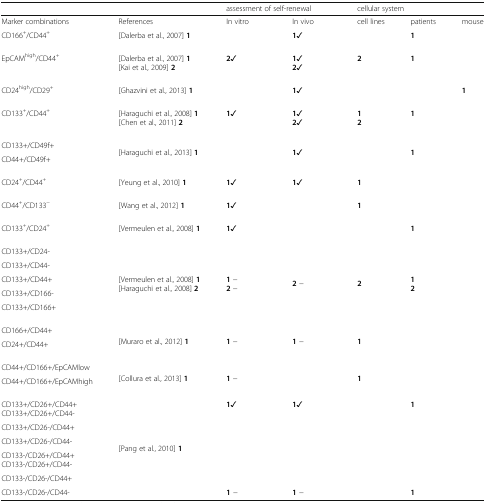
<table><thead><tr><td colspan="2"></td><td colspan="2"><b>assessment of self-renewal</b></td><td colspan="3"><b>cellular system</b></td></tr></thead><tbody><tr><td>Marker combinations</td><td>References</td><td>In vitro</td><td>In vivo</td><td>cell lines</td><td>patients</td><td>mouse</td></tr><tr><td>CD166<sup>+</sup>/CD44<sup>+</sup></td><td>[Dalerba et al., 2007] <b>1</b></td><td></td><td><b>1</b>✓</td><td></td><td><b>1</b></td><td></td></tr><tr><td>EpCAM<sup>high</sup>/CD44<sup>+</sup></td><td>[Dalerba et al., 2007] <b>1</b>[Kai et al., 2009] <b>2</b></td><td><b>2</b>✓</td><td><b>1</b>✓<b>2</b>✓</td><td><b>2</b></td><td><b>1</b></td><td></td></tr><tr><td>CD24<sup>high</sup>/CD29<sup>+</sup></td><td>[Ghazvini et al., 2013] <b>1</b></td><td></td><td><b>1</b>✓</td><td></td><td></td><td><b>1</b></td></tr><tr><td>CD133<sup>+</sup>/CD44<sup>+</sup></td><td>[Haraguchi et al., 2008] <b>1</b>[Chen et al., 2011] <b>2</b></td><td><b>1</b>✓</td><td><b>1</b>✓<b>2</b>✓</td><td><b>1</b><b>2</b></td><td><b>1</b></td><td></td></tr><tr><td>CD133+/CD49f+</td><td rowspan="2">[Haraguchi et al., 2013] <b>1</b></td><td rowspan="2"></td><td rowspan="2"><b>1</b>✓</td><td rowspan="2"></td><td rowspan="2"><b>1</b></td><td rowspan="2"></td></tr><tr><td>CD44+/CD49f+</td></tr><tr><td>CD24<sup>+</sup>/CD44<sup>+</sup></td><td>[Yeung et al., 2010] <b>1</b></td><td><b>1</b>✓</td><td><b>1</b>✓</td><td><b>1</b></td><td></td><td></td></tr><tr><td>CD44<sup>+</sup>/CD133<sup>−</sup></td><td>[Wang et al., 2012] <b>1</b></td><td><b>1</b>✓</td><td></td><td><b>1</b></td><td></td><td></td></tr><tr><td>CD133<sup>+</sup>/CD24<sup>+</sup></td><td>[Vermeulen et al., 2008] <b>1</b></td><td><b>1</b>✓</td><td></td><td></td><td><b>1</b></td><td></td></tr><tr><td>CD133+/CD24-</td><td rowspan="5">[Vermeulen et al., 2008] <b>1</b>[Haraguchi et al., 2008] <b>2</b></td><td rowspan="5"><b>1</b> −<b>2</b> −</td><td rowspan="5"><b>2</b> −</td><td rowspan="5"><b>2</b></td><td rowspan="5"><b>1</b><b>2</b></td><td rowspan="5"></td></tr><tr><td>CD133+/CD44-</td></tr><tr><td>CD133+/CD44+</td></tr><tr><td>CD133+/CD166-</td></tr><tr><td>CD133+/CD166+</td></tr><tr><td>CD166+/CD44+</td><td rowspan="2">[Muraro et al., 2012] <b>1</b></td><td rowspan="2"><b>1</b> −</td><td rowspan="2"><b>1 </b>−</td><td rowspan="2"><b>1</b></td><td rowspan="2"></td><td rowspan="2"></td></tr><tr><td>CD24+/CD44+</td></tr><tr><td>CD44+/CD166+/EpCAMlow</td><td rowspan="2">[Collura et al., 2013] <b>1</b></td><td rowspan="2"><b>1</b> −</td><td rowspan="2"></td><td rowspan="2"><b>1</b></td><td rowspan="2"></td><td rowspan="2"></td></tr><tr><td>CD44+/CD166+/EpCAMhigh</td></tr><tr><td>CD133+/CD26+/CD44+CD133+/CD26+/CD44-</td><td rowspan="6">[Pang et al., 2010] <b>1</b></td><td rowspan="5"><b>1</b>✓</td><td rowspan="5"><b>1</b>✓</td><td rowspan="5"></td><td rowspan="5"><b>1</b></td><td rowspan="5"></td></tr><tr><td>CD133+/CD26-/CD44+</td></tr><tr><td>CD133+/CD26-/CD44-</td></tr><tr><td>CD133-/CD26+/CD44+CD133-/CD26+/CD44-</td></tr><tr><td>CD133-/CD26-/CD44+</td></tr><tr><td>CD133-/CD26-/CD44-</td><td><b>1</b> −</td><td><b>1</b> −</td><td></td><td><b>1</b></td><td></td></tr></tbody></table>